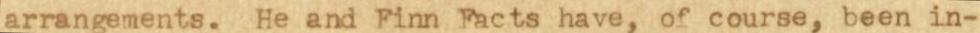
arrangements. He and Finn Facts have, of course, been in-